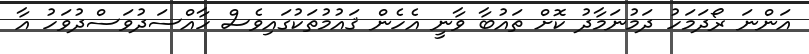
އަންނަ ރޯދަމަހު ދަމުނަމާދު ކޮށް ތައުބާ ވާނީ އެހެން ޤައުމުތަކުގައިވެސް ހާއްސަދުވަސްދުވަހު އާ